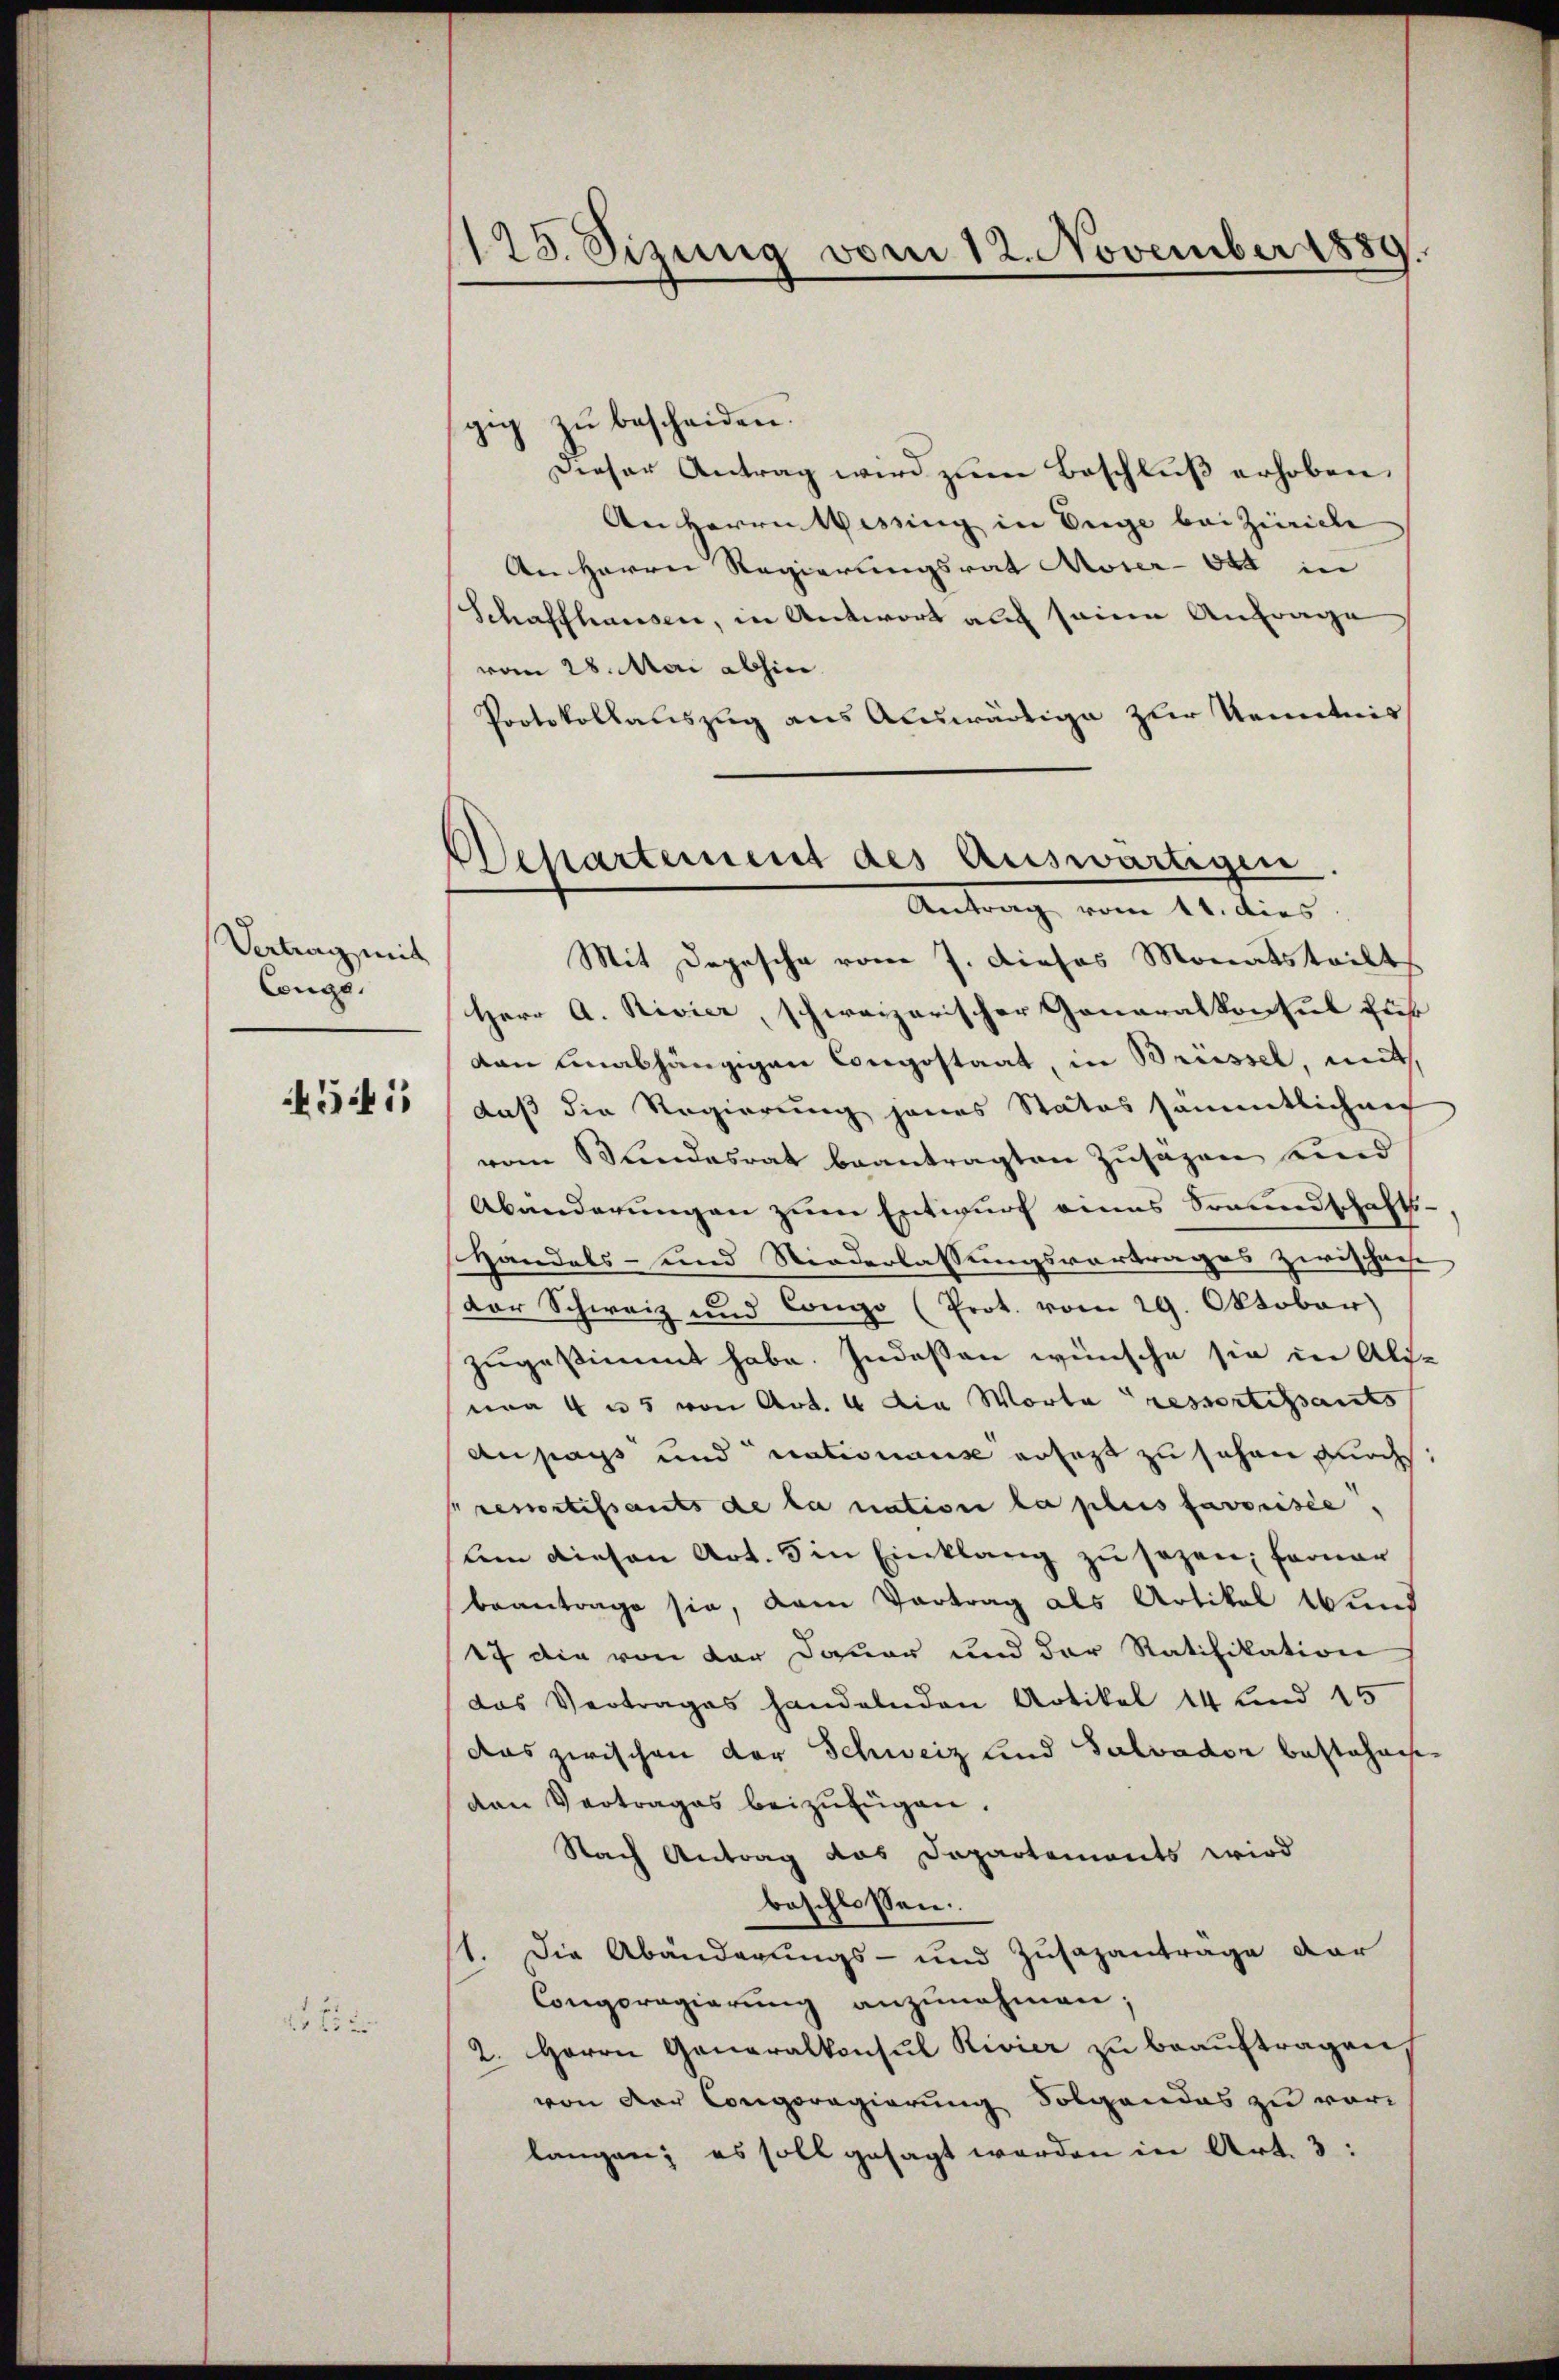
Vertrag mit
Congs.

5i

2

178. Sizung vom 12. November 1889.

Departement des Auswärtigen
Antrag vom 11. dies
Mit Depesche vom 7. dieses Monatsteilt

zŭ bescheiden.
gig
Dieser Antrag wird zum Beschluß erhoben.
An Herrn Wessing in Enge bei Zürich
An Herrn Regierungsrat Moser- 644 in
Schaffhausen, in Antwort auf seine Anfrage
vom 28. Mai abhin
Protokollauszug aus Auswärtige zur Kenntnis
Herr A. Rivier, schweizerischer Generalkonsul für
ven unabhängigen Congostaat, in Brüssel, weit,
daß die Regierung jenes Status sämmtlichen
vom Bundesrat beantragten Zusagen sind
Abänderungen zum Entwurf eines Freundschafts¬
Handels- und Niederlassungsvortrages zwischen
der Schweiz und Compo (Prot. vom 29. Oktober
zugestimmt habe. Indeßen wünsche sie in Ali-
ma 4 u 5 von Art. 4 die Worte ressortissants
Aupass und nationen erfast zu sehen durch,
remortissants de la nation la plus favorisée,
lem diesen Art. 5 in Einklang zu sagen; ferner
beantrage sie, dem Vortrag als Artikel Wund
17 die von der Dauer und der Ratifikation
das Vertrages handelnden Artikel 14 und 15
das zwischen der Schweiz und Salvador bestehen
den Vertrages beizufügen.
Nach Antrag das Departements wird
beschlossen:
1. Die Abänderungs- und Zusagantrage dar
Congpregierŭng anzŭnahmen;
2. Herrn Generalkonsul Rivier zu beauftragen,
von der Congregierung Folgendes zu vor
langen; es soll gesagt werden in Art. 3: